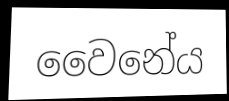
වෛනේය